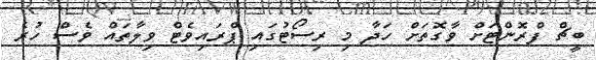
ބީޗް ފްރޮންޓަށް ވާގޮތަށް ހަދާ މި ރިސޯޓުގައި ޕްރައިވެޓް ވިލާތައް ވެސް ހުރެ